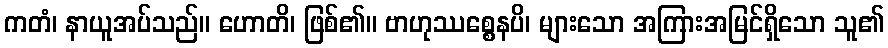
ကတံ၊ နာယူအပ်သည်။ ဟောတိ၊ ဖြစ်၏။ ဗာဟုဿစ္စေနပိ၊ များသော အကြားအမြင်ရှိသော သူ၏